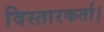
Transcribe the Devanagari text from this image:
विस्तारकर्ता।